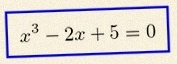
x^3-2x+5=0